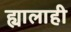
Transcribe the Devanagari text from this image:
ह्यालाही